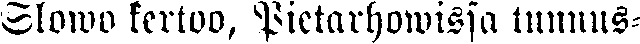
Slowo kertoo, Pietarhowissa tunnus-